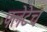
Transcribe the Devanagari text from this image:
फ्लेटेच